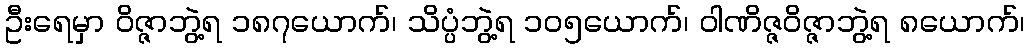
ဦးရေမှာ ဝိဇ္ဇာဘွဲ့ရ ၁၈၇ယောက်၊ သိပ္ပံဘွဲ့ရ ၁၀၅ယောက်၊ ဝါဏိဇ္ဇဝိဇ္ဇာဘွဲ့ရ ၈ယောက်၊